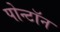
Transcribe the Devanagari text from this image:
पोन्टॉन